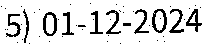
5) 01-12-2024